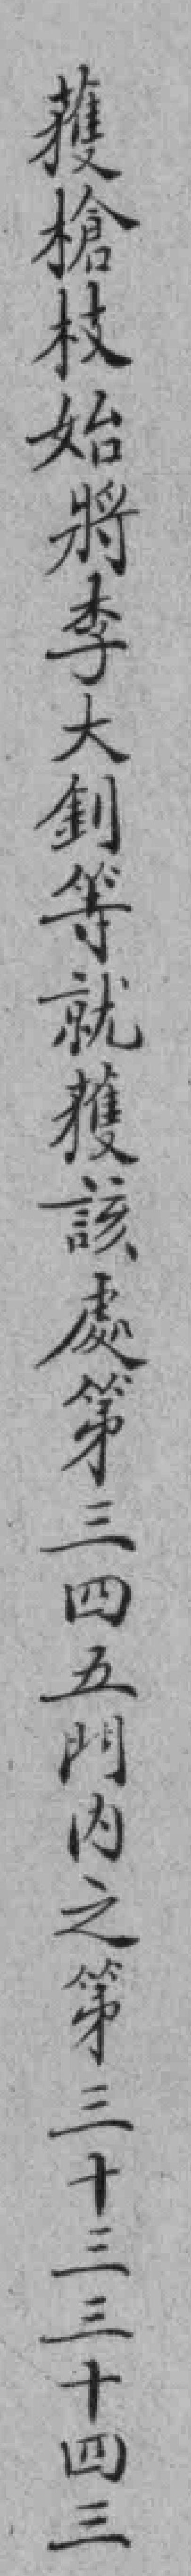
獲槍枝始將李大釗等就獲該處第三四五門內之第三十三三十四三